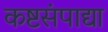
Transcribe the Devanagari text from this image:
कष्टसंपाद्या